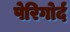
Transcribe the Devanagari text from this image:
पेरिगोर्द